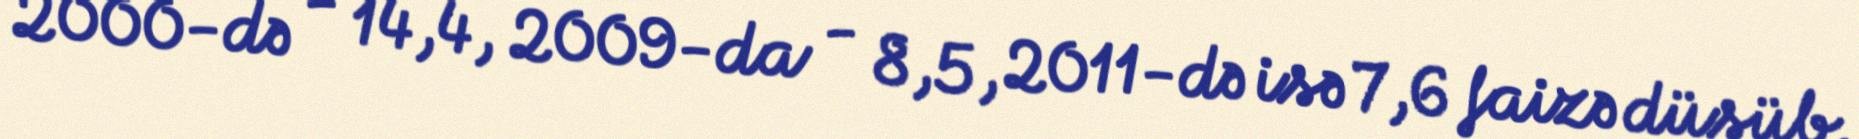
2000-də - 14,4, 2009-da - 8,5, 2011-də isə 7,6 faizə düşüb.